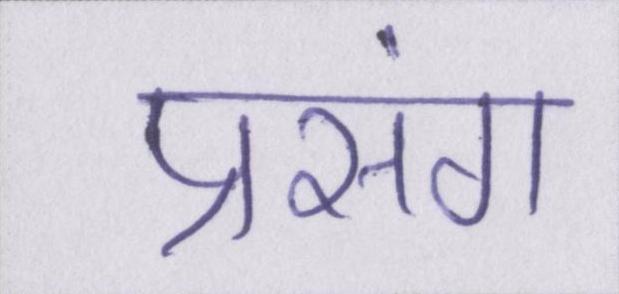
प्रसंग